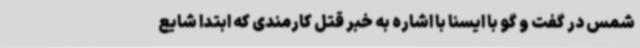
شمس در گفت و گو با ایسنا با اشاره به خبر قتل کارمندی که ابتدا شایع